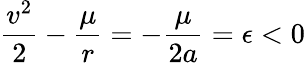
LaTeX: {\frac{v^{2}}{2}}-{\frac{\mu}{r}}=-{\frac{\mu}{2a}}=\epsilon<0